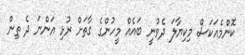
ކޮންމެއަކަސް މިކިޔާލަ ދެވުނީ ބައެއް މީހުންގެ ގާތަށް ރުޅި އަންނަ ދެ ތިން